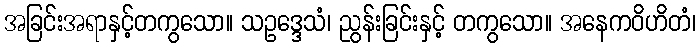
အခြင်းအရာနှင့်တကွသော။ သဥဒ္ဒေသံ၊ ညွန်းခြင်းနှင့် တကွသော။ အနေကဝိဟိတံ၊